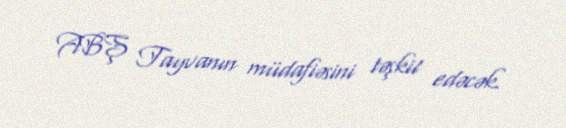
ABŞ Tayvanın müdafiəsini təşkil edəcək.